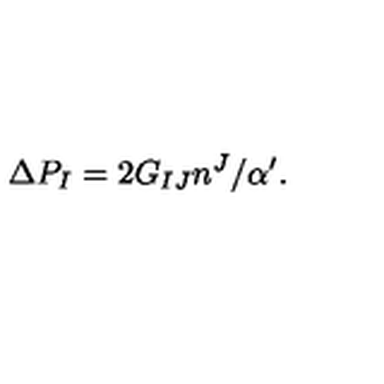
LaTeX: \Delta P _ { I } = 2 G _ { I J } n ^ { J } / \alpha ^ { \prime } .